65_HS1-834228961_62-HQ-83894_Section_9
Agency: FBI
Page 150
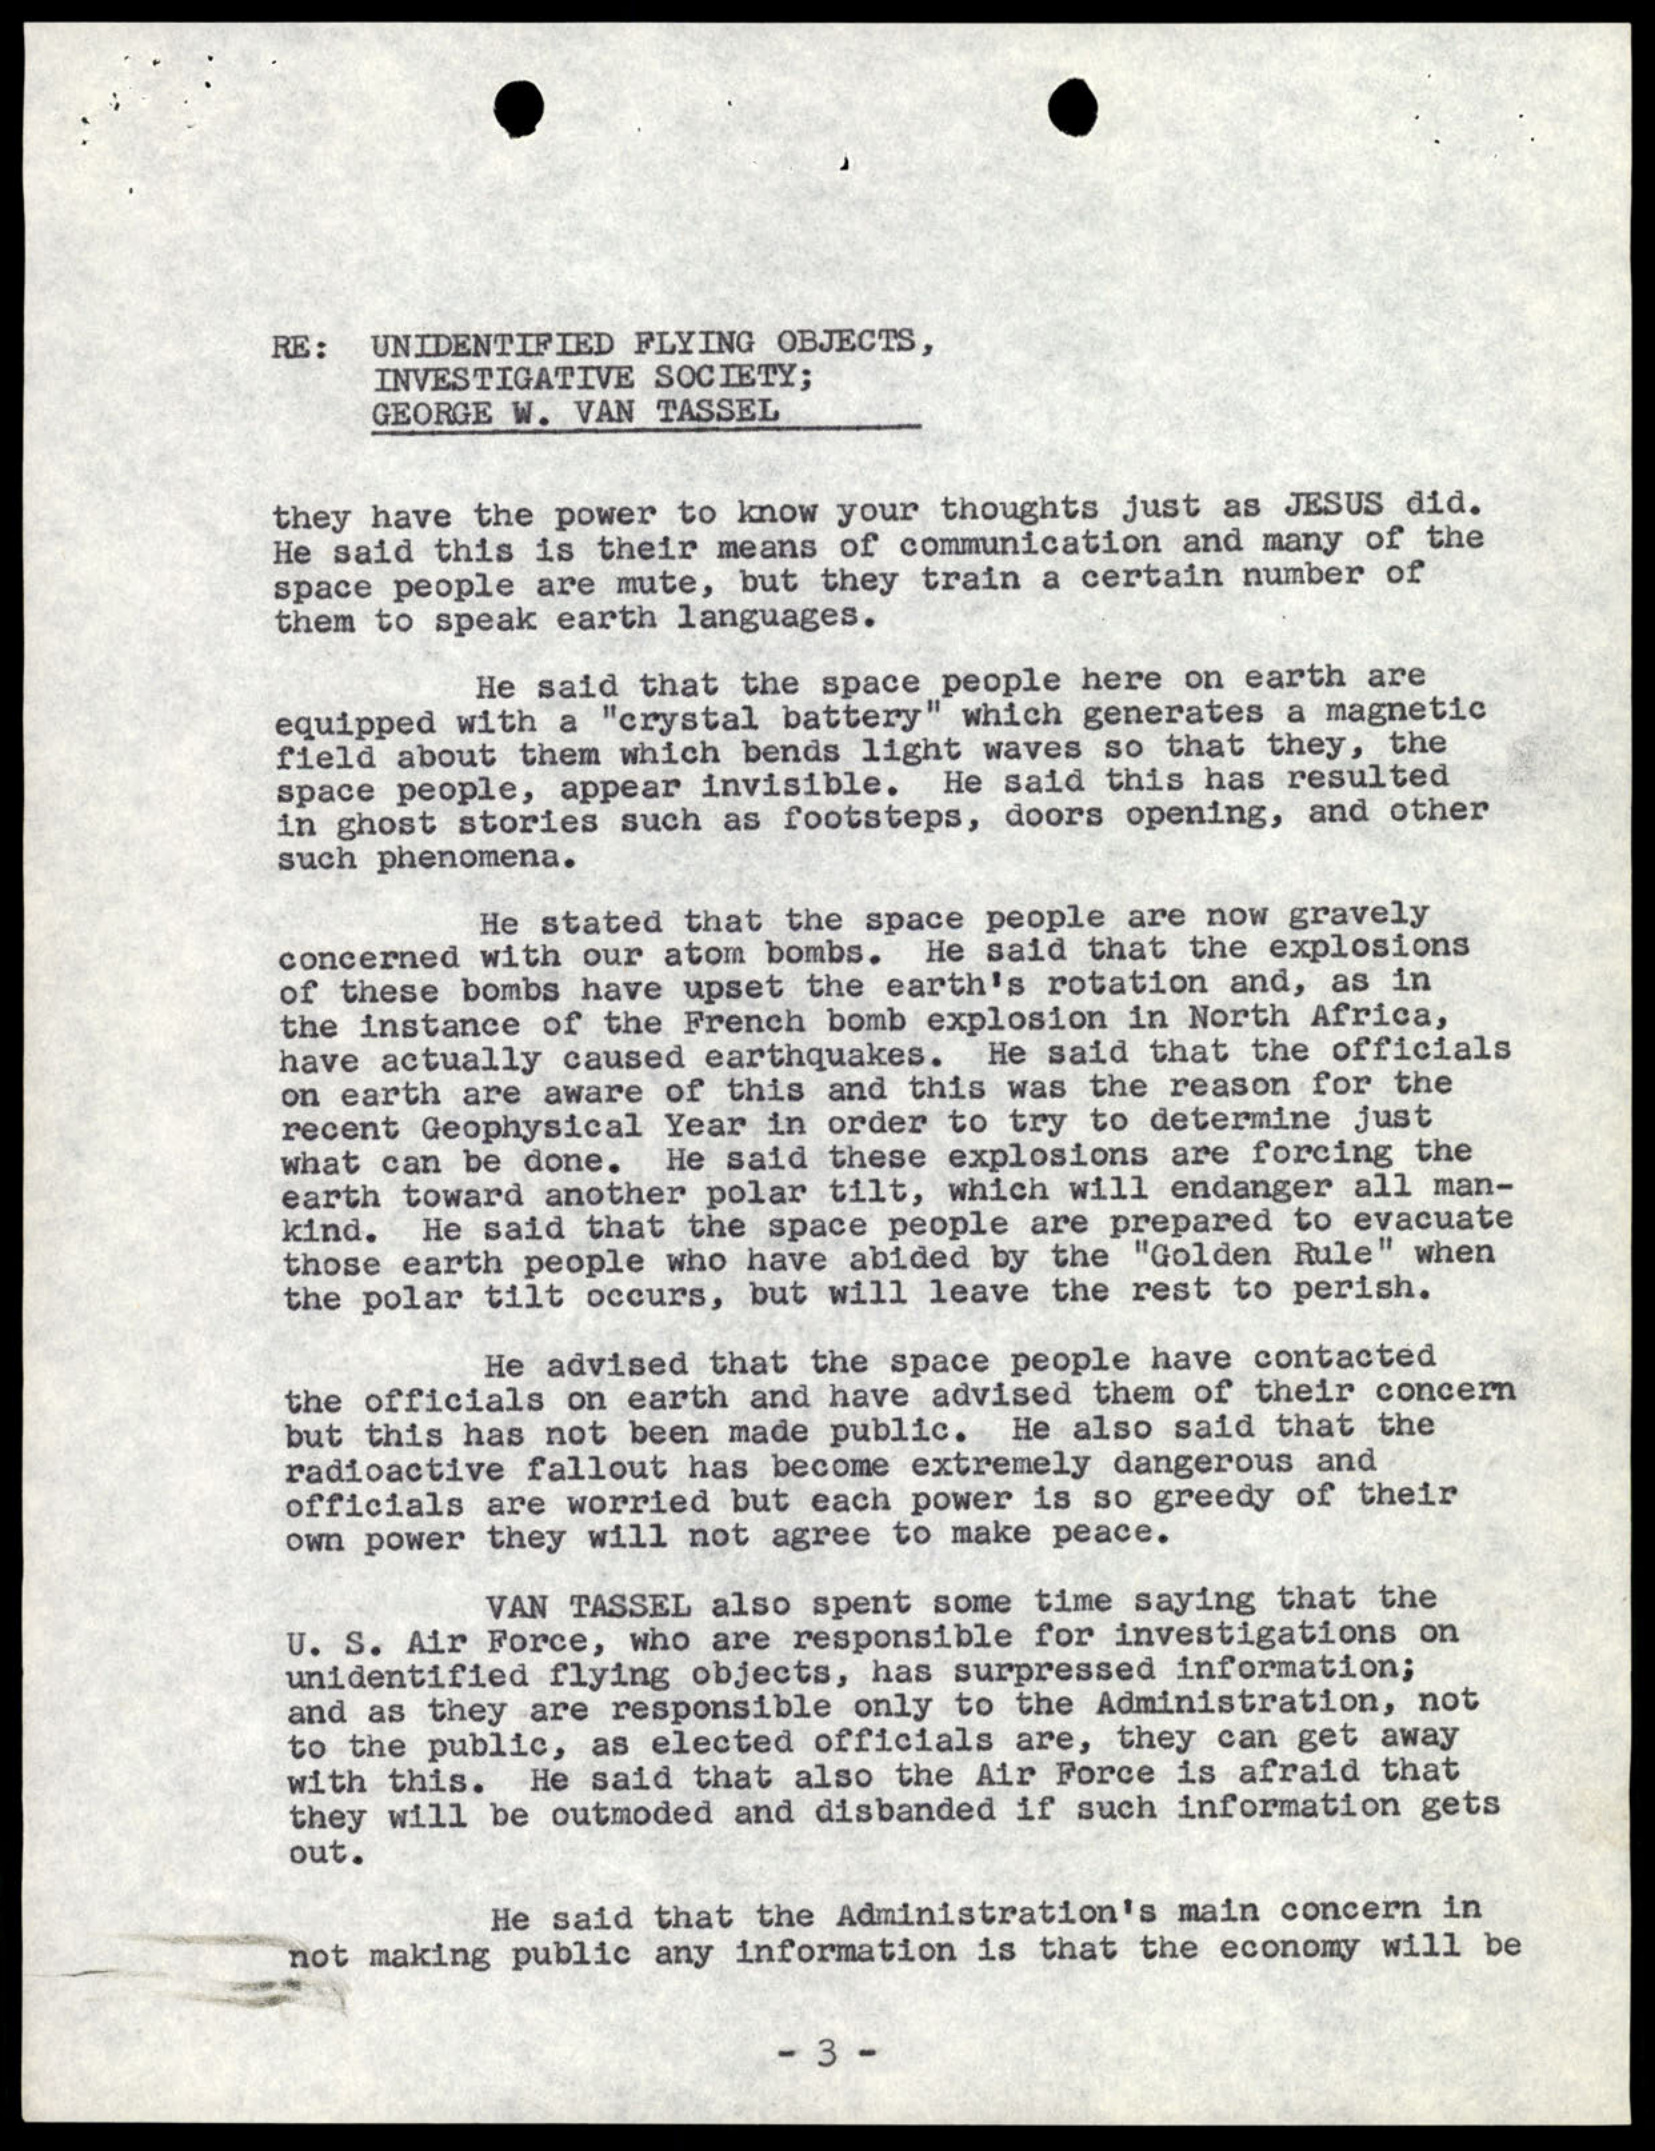